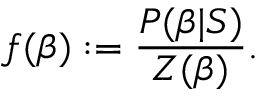
f ( \beta ) \mathrel { \mathop : } = \frac { P ( \beta | S ) } { Z ( \beta ) } .